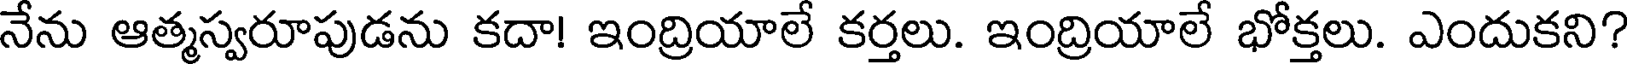
నేను ఆత్మస్వరూపుడను కదా! ఇంద్రియాలే కర్తలు. ఇంద్రియాలే భోక్తలు. ఎందుకని?